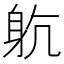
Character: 𨈨